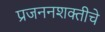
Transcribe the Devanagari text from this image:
प्रजननशक्तीचे